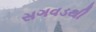
સગવડથી